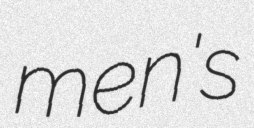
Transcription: men's